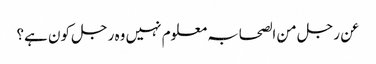
عن رجل من الصحابہ معلوم نہیں وہ رجل کون ہے؟